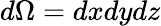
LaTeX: d\Omega=dxdydz